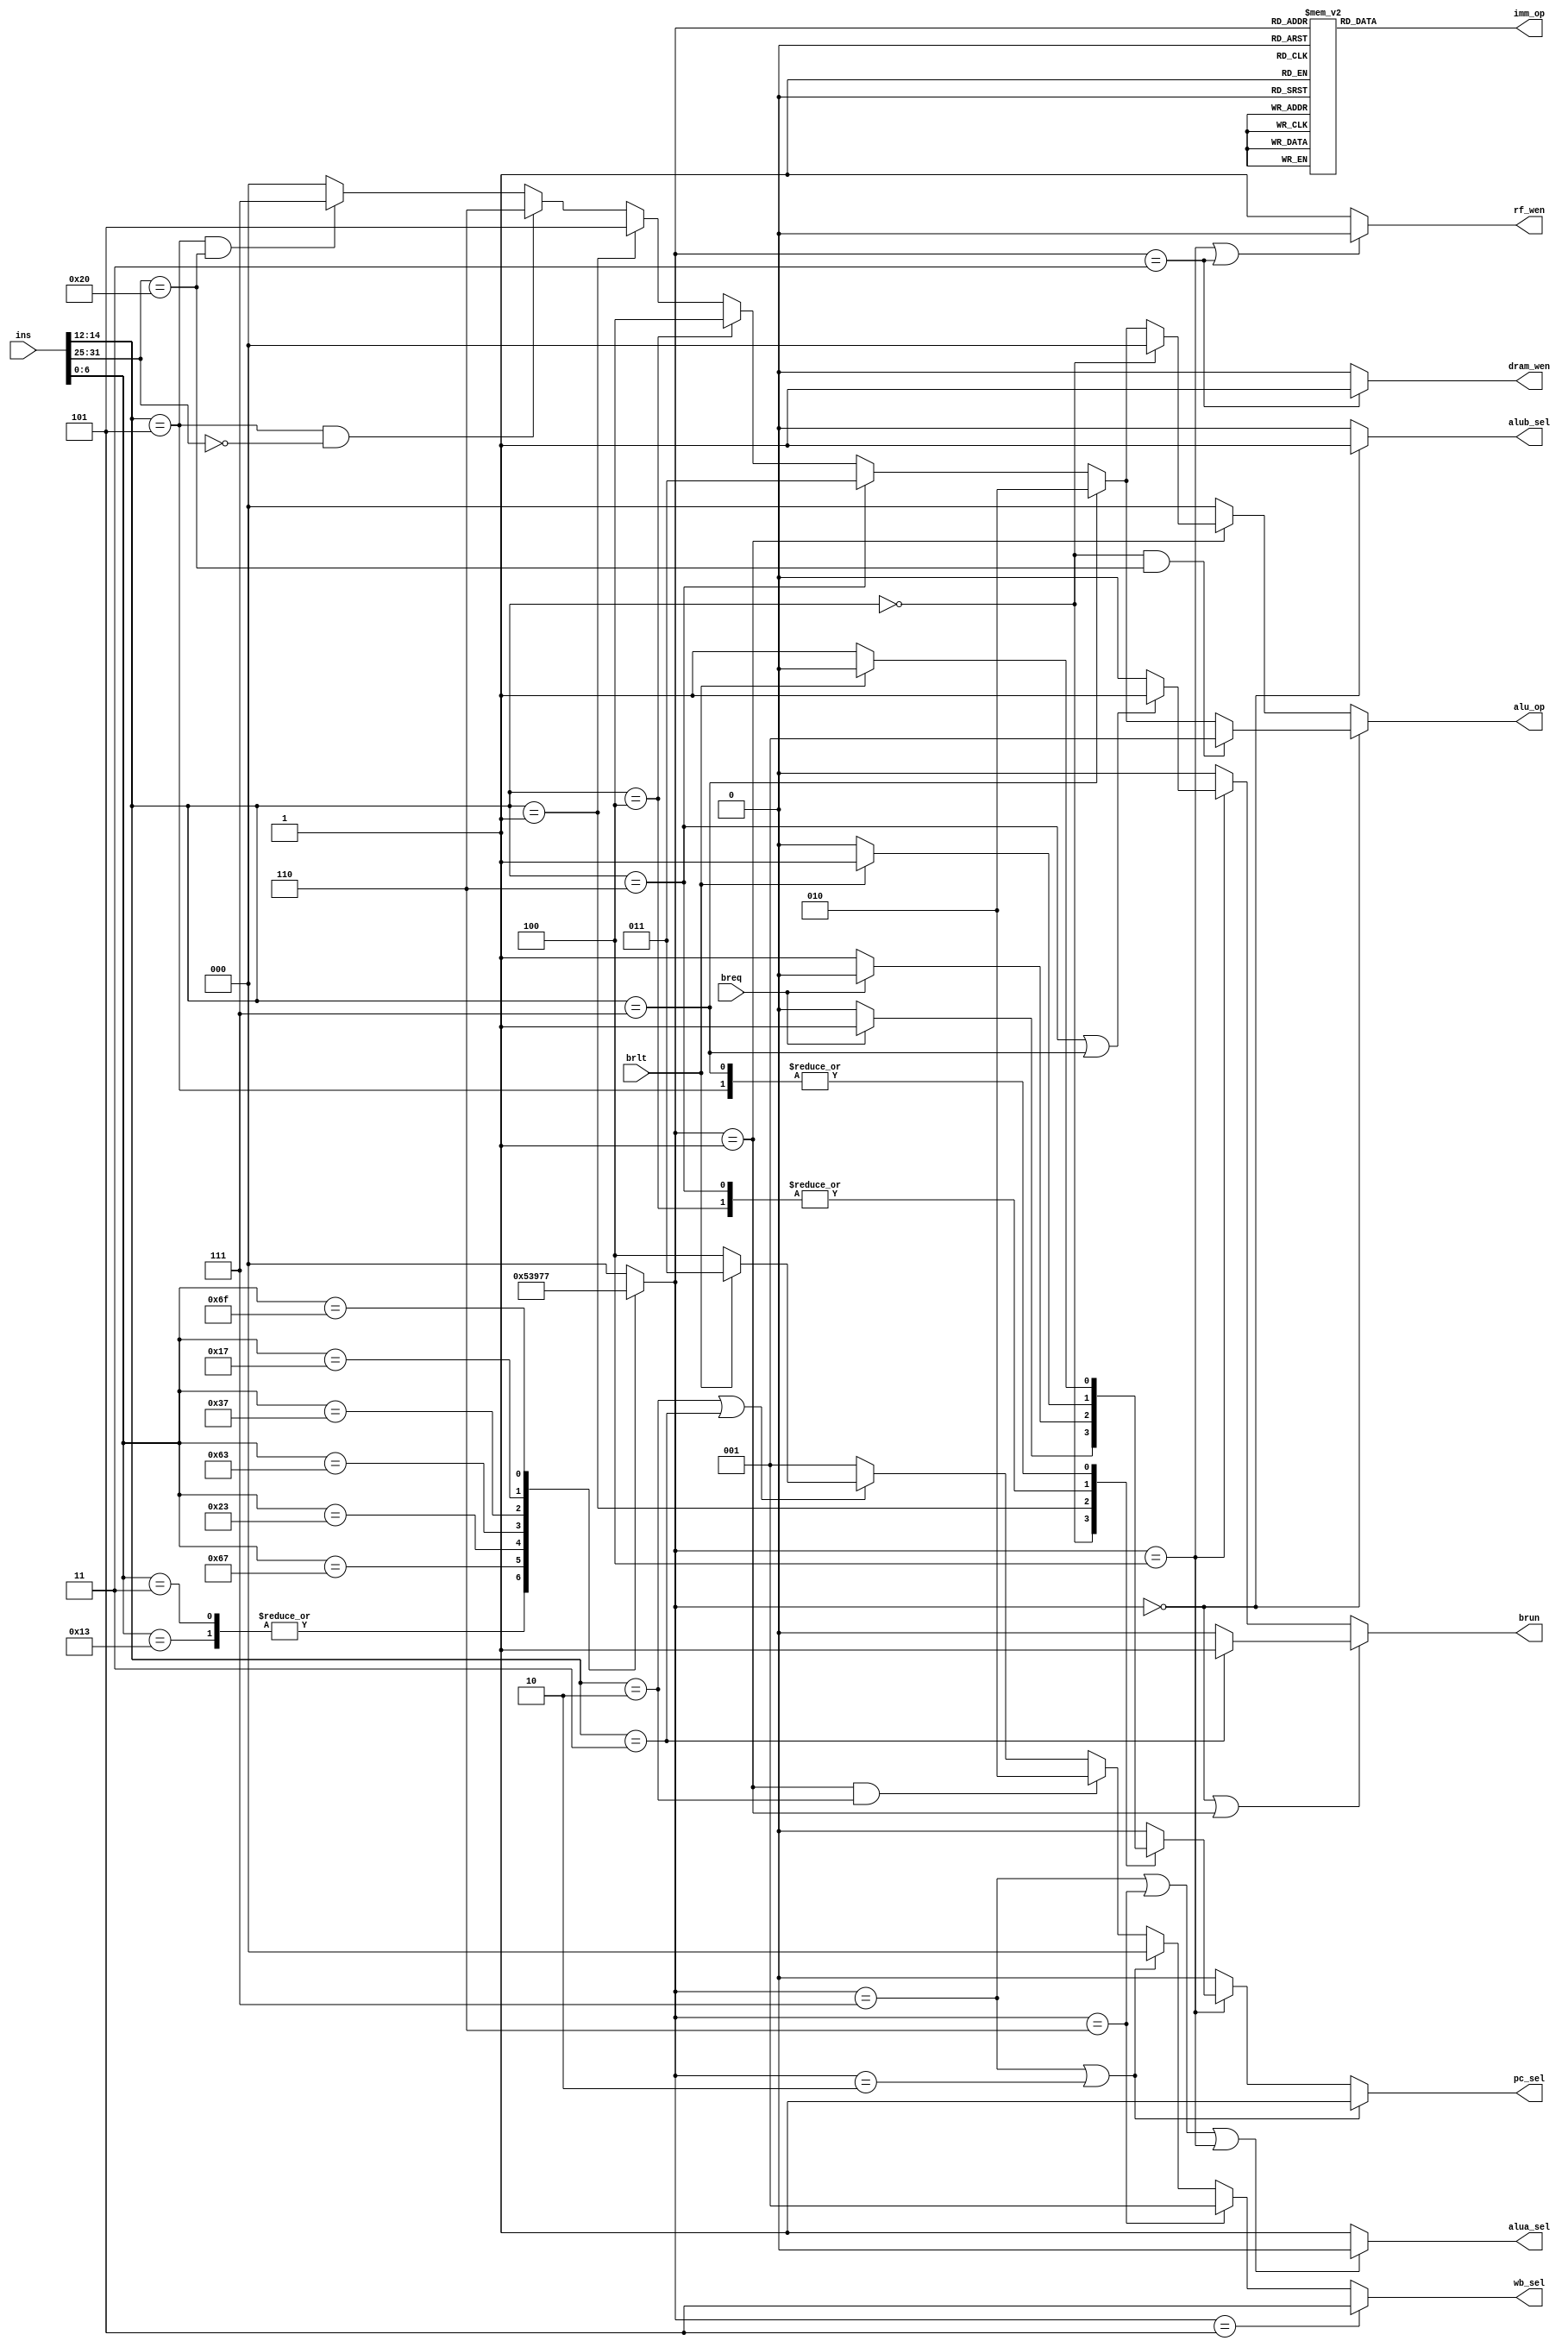
module control (
    input [31:0] ins,
    input breq,
    input brlt,
    output reg pc_sel,
    output reg [2:0] wb_sel,
    output reg [2:0] imm_op,
    output reg rf_wen,
    output reg brun,
    output reg [2:0] alu_op,
    output reg alua_sel,
    output reg alub_sel,
    output wire dram_wen
);
// immediate vars
reg [2:0] typpp;

// get instructions typpp 
/*
interface:
0,r
1,i
2,jalr
3,s
4,b
5,lui
6,auipc 
7,jal
*/
    always @(*) begin
        case (ins[6:0])
            'b0110011: typpp = 0;
            'b0010011: typpp = 1;
            'b0000011: typpp = 1;
            'b1100111: typpp = 2;
            'b0100011: typpp = 3;
            'b1100011: typpp = 4;
            'b0110111: typpp = 5;
            'b0010111: typpp = 6;
            'b1101111: typpp = 7;
            default: typpp = 0;
        endcase
    end
    // handle pcsel 
    always @(*) begin
        if(typpp == 'b111 || typpp == 'b010)begin     // jal and jalr 
            pc_sel = 'b1;
        end else if (typpp == 'b100)begin            // branch ins 
            case (ins[14:12])
                3'b000: begin                        //beq
                    if(breq)    pc_sel = 'b1;
                    else        pc_sel = 'b0;
                end
                3'b001:begin                         //bne
                    if(breq)    pc_sel = 'b0;
                    else        pc_sel = 'b1;
                end
                3'b100:begin                         //blt
                    if(brlt)    pc_sel = 'b1;
                    else        pc_sel = 'b0;
                end
                3'b110:begin                         //bltu
                    if(brlt)    pc_sel = 'b1;
                    else        pc_sel = 'b0;
                end
                'b101:begin                         //bge
                    if(brlt=='b0 )    pc_sel = 'b1;    
                    else        pc_sel = 'b0;
                end
                3'b111:begin                         //bgeu
                    if(brlt=='b0 )    pc_sel = 'b1;    
                    else        pc_sel = 'b0;
                end
                default: pc_sel = 'b0;
            endcase
        end else begin                              // others 
            pc_sel = 'b0;
        end
    end
    //handle wb_sel 
    always @(*) begin
        if (typpp =='b101 )wb_sel = 'b101;       // lui
        else if(typpp == 'b110)  wb_sel = 'b1;   //auipc 
        else if (typpp == 'b111 || typpp == 'b010) wb_sel = 'b0;     //jal,jalr
        else if (typpp == 'b001 && ins[14:12]== 'b010) wb_sel = 'b10;      //lw
        else begin                                          //slt,sltu
            if(ins[14:12]=='b010 || ins[14:12]=='b011)begin
                if(brlt)    wb_sel = 'b11;
                else        wb_sel = 'b100;
            end else begin
                wb_sel = 'b1;
            end
        end
        
    end
    // handl imm_op 
    always @(*) begin
        case (typpp)
            0: imm_op = 0;
            1: imm_op = 1;
            2: imm_op = 1;
            3: imm_op = 2;
            4: imm_op = 3;
            5: imm_op = 4;
            6: imm_op = 4;
            7: imm_op = 5;
            default: imm_op = 'b0;
        endcase
    end
    // handle rf_wen 
    always @(*) begin
        if (typpp =='b100 || typpp == 'b011)  rf_wen = 'b0;
        else rf_wen = 'b1;
    end
    //handle brun 
    always @(*) begin
        if(typpp == 'b0 || typpp == 'b1)begin
            if (ins[14:12]== 'b011) brun = 'b1;     //sltu, sltiu
            else brun = 'b0;
        end else if (typpp =='b100)begin             // branch 
            if (ins[14:12]== 'b110 || ins[14:12]== 'b111) brun = 'b1;
            else brun = 'b0;
        end else brun = 'b0;
       
    end
    //handle alua_sel 
    always @(*) begin
        if (typpp == 'b111 || typpp == 'b110 || typpp == 'b100) alua_sel = 'b0;    //jalr , auipc, branch pick pc 
        else alua_sel = 'b1;
    end

    //handle alub_sel 
    always @(*) begin
        if(typpp == 'b0)alub_sel = 'b1;
        else alub_sel = 'b0;
    end
    //handle alu_op 
    always @(*) begin
        if (typpp == 'b0)begin
            if(ins[14:12] == 'b000 && ins[31:25]== 'b0100000) alu_op = 'b1;
            else if (ins[14:12] == 'b111) alu_op = 2;
            else if (ins[14:12] == 'b110) alu_op = 3; 
            else if (ins[14:12] == 'b100) alu_op = 4;
            else if (ins[14:12] == 'b001) alu_op = 5; 
            else if (ins[14:12] == 'b101 && ins[31:25]== 'b0000000) alu_op = 6;
            else if (ins[14:12] == 'b101 && ins[31:25]== 'b0100000) alu_op = 7;
            else alu_op = 'b0;
        end else if (typpp == 'b1)begin
            if(ins[14:12] == 'b000 ) alu_op = 'b0;
            else if (ins[14:12] == 'b111) alu_op = 2;
            else if (ins[14:12] == 'b110) alu_op = 3; 
            else if (ins[14:12] == 'b100) alu_op = 4;
            else if (ins[14:12] == 'b001) alu_op = 5; 
            else if (ins[14:12] == 'b101 && ins[31:25]== 'b0000000) alu_op = 6;
            else if (ins[14:12] == 'b101 && ins[31:25]== 'b0100000) alu_op = 7;
            else alu_op = 'b0;
        end else alu_op = 'b0;
    end
    //dram wen 
    assign dram_wen = (typpp == 'b011) ? 1:0;
endmodule